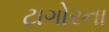
ટાગોરના